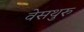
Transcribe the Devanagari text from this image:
वेसथुरु